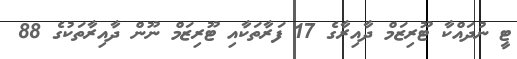
ޓީ ނުދައްކާ ޓޫރިޒަމް ދާއިރާގެ 17 ފަރާތަކާއި ޓޫރިޒަމް ނޫން ދާއިރާތަކުގެ 88